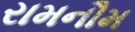
રામનૌમ